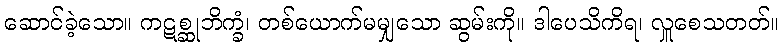
ဆောင်ခဲ့သော။ ကဋစ္ဆုဘိက္ခံ၊ တစ်ယောက်မမျှသော ဆွမ်းကို။ ဒါပေသိကိရ၊ လှူစေသတတ်။